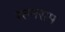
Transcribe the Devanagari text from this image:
रतनराम